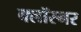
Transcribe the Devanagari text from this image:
क्लॉस्नर